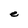
Character: e